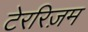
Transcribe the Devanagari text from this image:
टेररिज़म